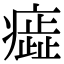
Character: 𤺙